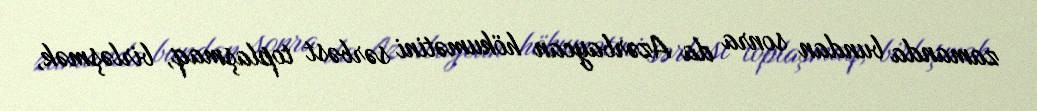
zamanda bundan sonra da Azərbaycan hökumətini sərbəst toplaşmaq, birləşmək,